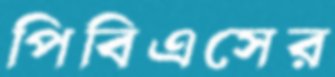
পিবিএসের